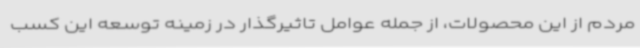
مردم از این محصولات، از جمله عوامل تاثیرگذار در زمینه توسعه این کسب